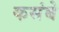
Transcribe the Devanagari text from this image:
कसंबे